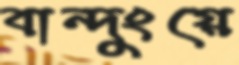
বান্দুংয়ে